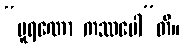
“ပူရဏော ကဿပေါ”တိ။